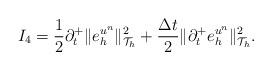
LaTeX: \begin{align*}I_4=\frac{1}{2}\partial_t^+ \|e_h^{u^n}\|_{\mathcal{T}_h}^2+\frac{\Delta t}{2}\|\partial_t^+e_h^{u^n}\|_{\mathcal{T}_h}^2.\end{align*}